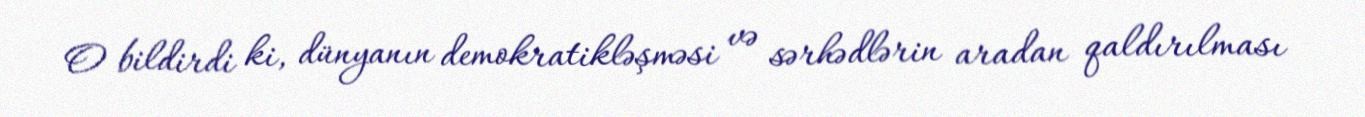
O bildirdi ki, dünyanın demokratikləşməsi və sərhədlərin aradan qaldırılması